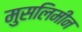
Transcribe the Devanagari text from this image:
मुसलिमीन